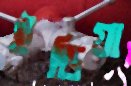
ইন্ডিয়া